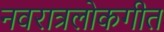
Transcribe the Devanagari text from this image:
नवरात्रलोकगीत